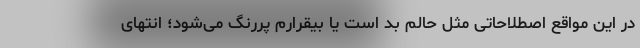
در این مواقع اصطلاحاتی مثل حالم بد است یا بیقرارم پررنگ می‌شود؛ انتهای